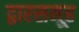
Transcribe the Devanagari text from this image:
द्वारसमूह